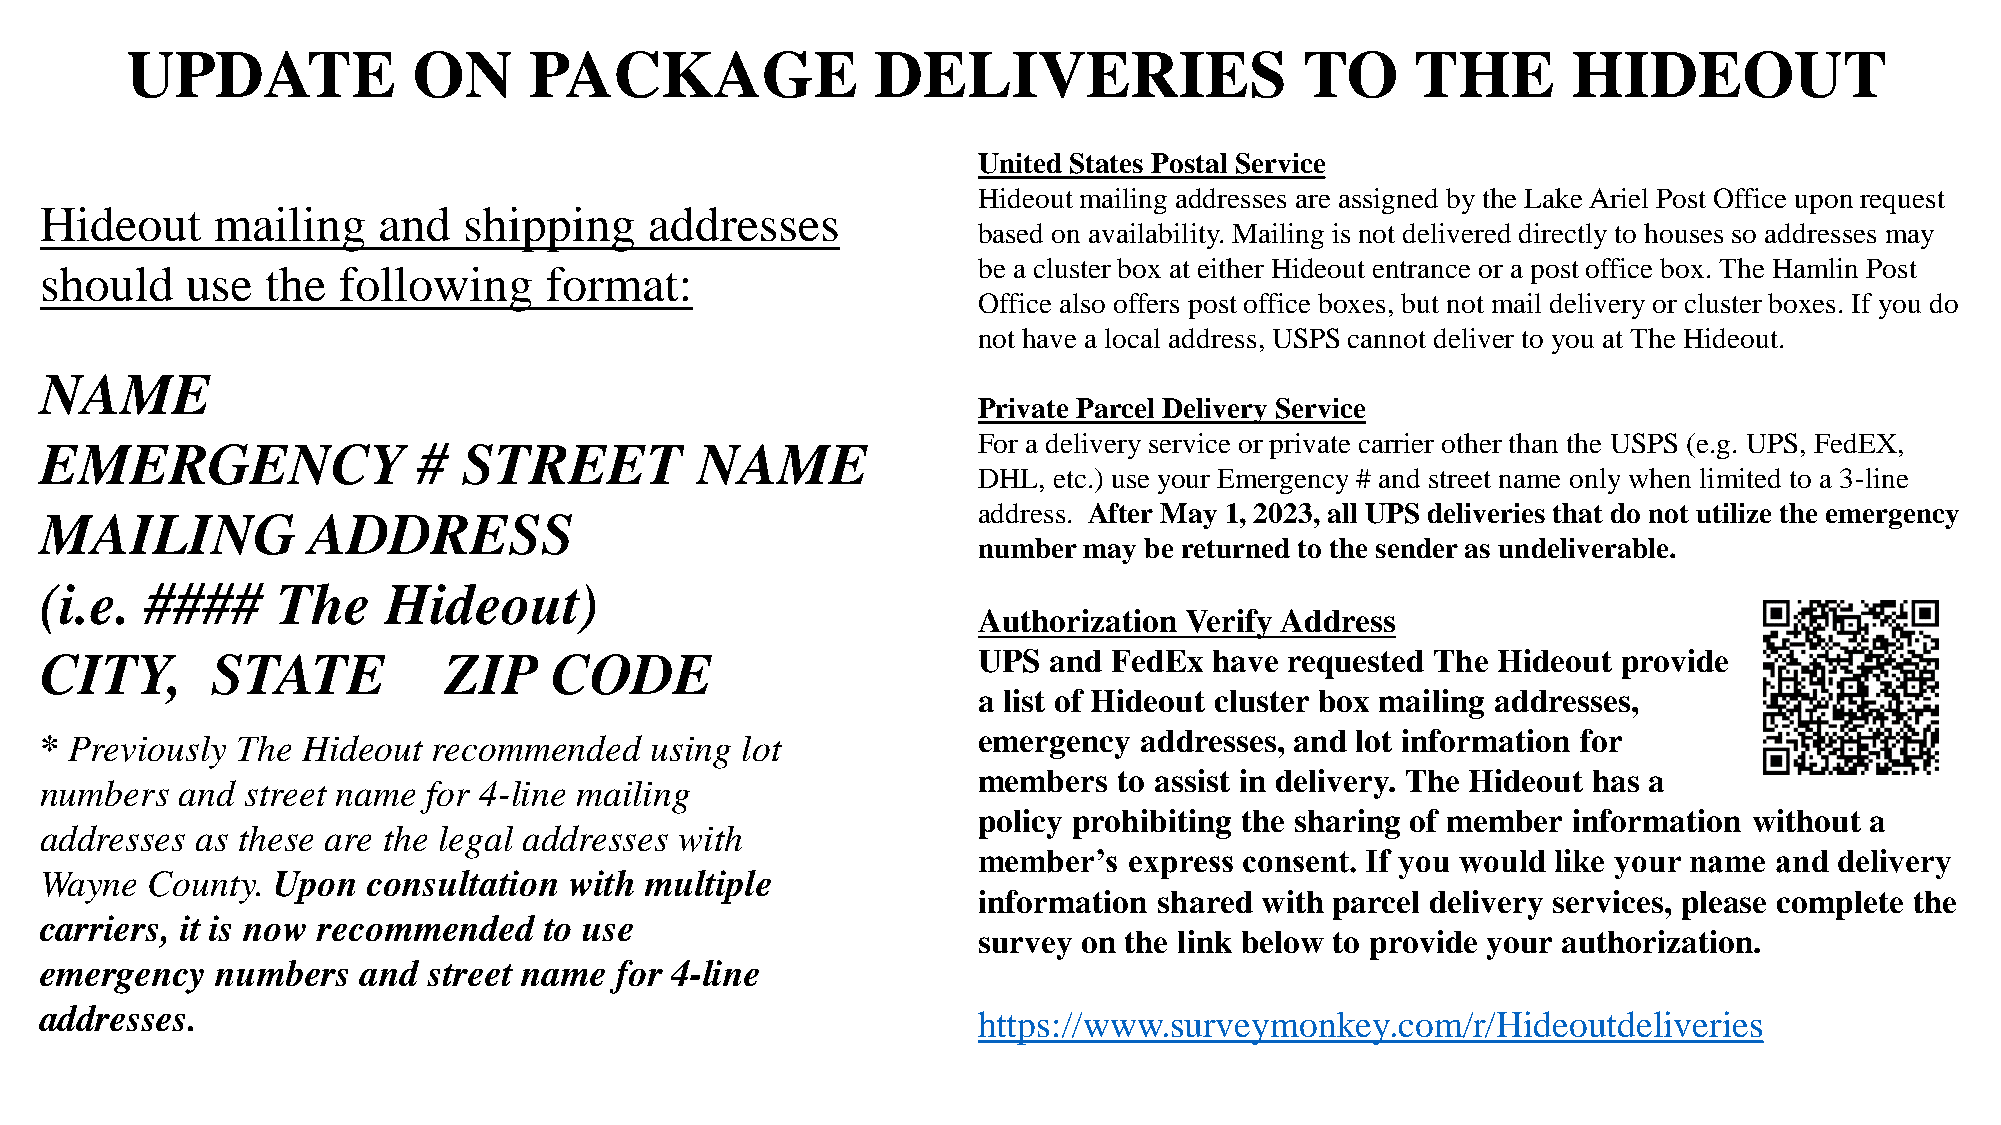
UPDATE             ON      PACKAGE                DELIVERIES                  TO      THE       HIDEOUT
 United States Postal Service
 Hideout mailing addresses are assigned by the Lake Ariel Post Office upon request
 Hideout    mailing    and   shipping    addresses
 based on availability. Mailing is not delivered directly to houses so addresses may
 be a cluster box at either Hideout entrance or a post office box. The Hamlin Post
 should   use   the following     format:
 Office also offers post office boxes, but not mail delivery or cluster boxes. If you do
 not have a local address, USPS cannot deliver to you at The Hideout.
 NAME
 Private Parcel Delivery Service
 For a delivery service or private carrier other than the USPS (e.g. UPS, FedEX,
 EMERGENCY                #  STREET         NAME
 DHL, etc.) use your Emergency # and street name only when limited to a 3-line
 address. After May 1, 2023, all UPS deliveries that do not utilize the emergency
 MAILING          ADDRESS
 number may be returned to the sender as undeliverable.
 (i.e.  ####    The    Hideout)
 Authorization Verify Address
 CITY,      STATE          ZIP    CODE                         UPS and  FedEx have requested The Hideout provide
 a list of Hideout cluster box mailing addresses,
 * Previously The Hideout  recommended   using lot             emergency addresses, and lot information for
 members  to assist in delivery. The Hideout has a
 numbers  and street name for 4-line mailing
 policy prohibiting the sharing of member information without a
 addresses as these are the legal addresses with
 member’s  express consent. If you would like your name and delivery
 Wayne  County. Upon  consultation  with multiple
 information shared with parcel delivery services, please complete the
 carriers, it is now recommended  to use
 survey on the link below to provide your authorization.
 emergency  numbers   and street name  for 4-line
 addresses.                                                    https://www.surveymonkey.com/r/Hideoutdeliveries